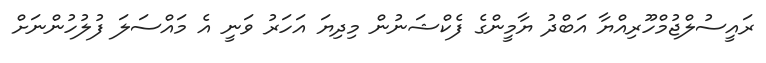
ރައީސުލްޖުމްހޫރިއްޔާ އަބްދު ޔާމީންގެ ފެކްޝަނުން މިދިޔަ އަހަރު ވަނީ އެ މައްސަލަ ފުލުހުންނަށް